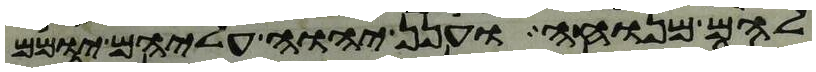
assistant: להם מנוחה וענן יהוה עליהם יומם